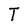
Character: T